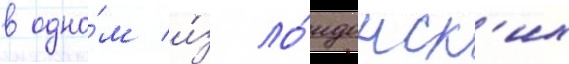
в одно́м и́з ло́ндонск'их